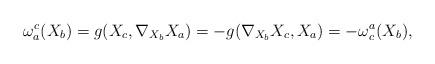
LaTeX: \begin{align*}\omega_{a}^{c}(X_b)= g(X_c, \nabla_{X_b}X_a)= -g(\nabla_{X_b}X_c, X_a)= -\omega_{c}^{a}(X_b), \end{align*}